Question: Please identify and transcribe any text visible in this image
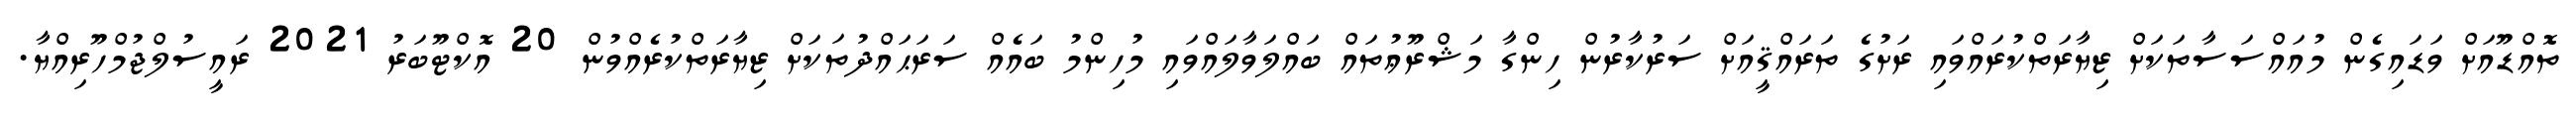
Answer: ތޮއްޑޫއަށް ވަޑައިގެން މުއައްސަސާތަކަށް ޒިޔާރަތްކުރައްވައި ރަށުގެ ތަރައްޤީއަށް ސަރުކާރުން ހިންގާ މަޝްރޫޢުތައް ބައްލަވާލައްވައި މުހިންމު ބައެއް ސަރަޙައްދުތަކަށް ޒިޔާރަތްކުރެއްވުން 20 އޮކްޓޫބަރު 2021 ރައީސުލްޖުމްހޫރިއްޔާ.